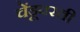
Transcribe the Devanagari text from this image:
चेंडूवरती